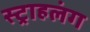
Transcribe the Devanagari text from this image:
स्‍ट्राहलंग